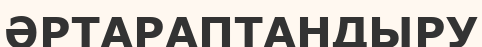
ӘРТАРАПТАНДЫРУ